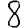
Digit: 8